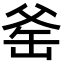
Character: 𪺛